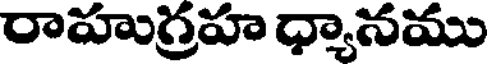
రాహుగ్రహ ధ్యానము